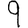
Digit: 9